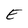
Character: E